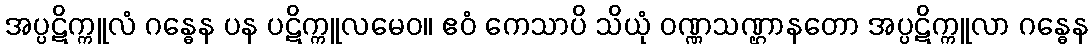
အပ္ပဋိက္ကူလံ ဂန္ဓေန ပန ပဋိက္ကူလမေဝ။ ဧဝံ ကေသာပိ သိယုံ ဝဏ္ဏသဏ္ဌာနတော အပ္ပဋိက္ကူလာ ဂန္ဓေန